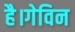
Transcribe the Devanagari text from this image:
है।गेविन